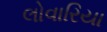
લોવારિયા